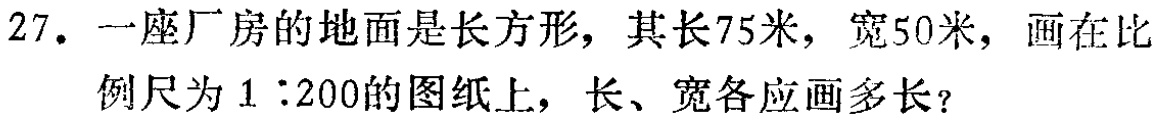
27. 一座厂房的地面是长方形，其长75米，宽50米，画在比例尺为$1:200$的图纸上，长、宽各应画多长？